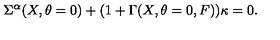
\Sigma ^ { \alpha } ( X , \theta = 0 ) + ( 1 + \Gamma ( X , \theta = 0 , F ) ) \kappa = 0 .